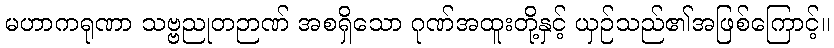
မဟာကရုဏာ သဗ္ဗညုတဉာဏ် အစရှိသော ဂုဏ်အထူးတို့နှင့် ယှဉ်သည်၏အဖြစ်ကြောင့်။